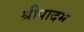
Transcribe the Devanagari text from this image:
श्रीपादम